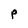
Character: P